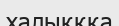
халықққа